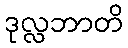
ဒုလ္လဘာတိ